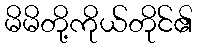
မိမိတို့ကိုယ်တိုင်၏